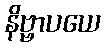
နိဗ္ဗာပယေ